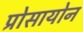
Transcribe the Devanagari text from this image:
प्रोसायोन